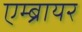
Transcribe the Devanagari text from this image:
एम्ब्रायर